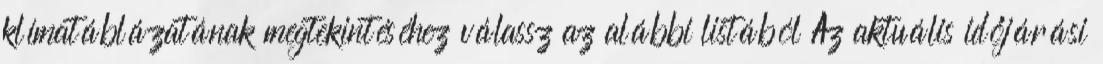
klímatáblázatának megtekintéséhez válassz az alábbi listából Az aktuális időjárási